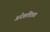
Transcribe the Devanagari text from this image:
अनेकचित्रता